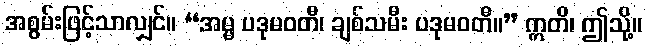
အစွမ်းဖြင့်သာလျှင်။ “အမ္မ ပဒုမဝတီ၊ ချစ်သမီး ပဒုမဝတီ။” ဣတိ၊ ဤသို့။